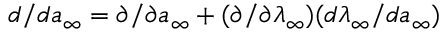
d / d { a } _ { \infty } = \partial / \partial { a } _ { \infty } + ( \partial / \partial \lambda _ { \infty } ) ( d \lambda _ { \infty } / d { a } _ { \infty } )